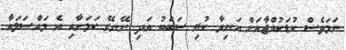
ނަމަވެސް ކުޑަކުއްޖާއަށް އަނިޔާ ކުރި ސަބަބު އަދި ނޭނގޭ ކަމަށާއި އެ މައްސަލައާ